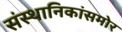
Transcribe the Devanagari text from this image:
संस्थानिकांसमोर